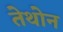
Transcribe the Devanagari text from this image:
तेथोन